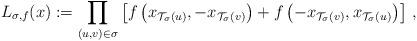
LaTeX: \begin{align*} L_{\sigma,f}(x):=\prod_{(u,v)\in\sigma}\left[f\left(x_{\mathcal T_\sigma(u)},-x_{\mathcal T_\sigma(v)}\right)+f\left(-x_{\mathcal T_\sigma(v)},x_{\mathcal T_\sigma(u)}\right)\right]\,,\end{align*}